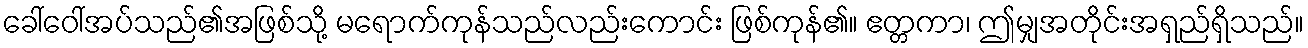
ခေါ်ဝေါ်အပ်သည်၏အဖြစ်သို့ မရောက်ကုန်သည်လည်းကောင်း ဖြစ်ကုန်၏။ ဧတ္တကာ၊ ဤမျှအတိုင်းအရှည်ရှိသည်။